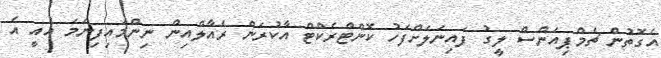
އެގޮތުން ޗެމްޕިއަންސް ލީގު ފައިނަލަށްފަހު ކޮންޓްރެކްޓް އާކުރަން ރެއާލްއިން ނިންމައިފިނަމަ އެއީ އެ